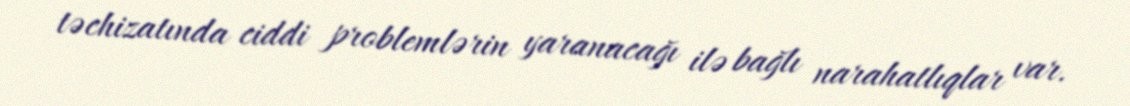
təchizatında ciddi problemlərin yaranacağı ilə bağlı narahatlıqlar var.